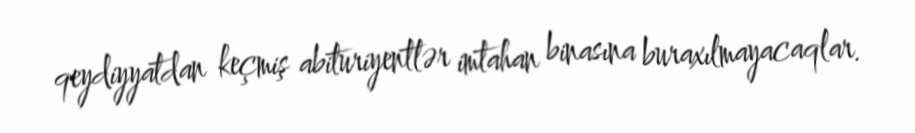
qeydiyyatdan keçmiş abituriyentlər imtahan binasına buraxılmayacaqlar.